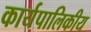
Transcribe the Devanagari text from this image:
कार्यपालिकीय